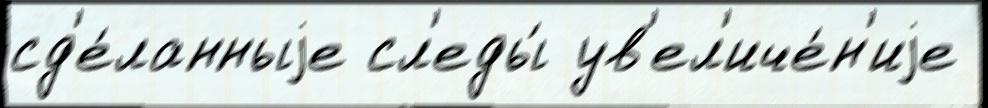
сд'е́ланныjе сл'еды́ ув'ел'иче́н'иjе